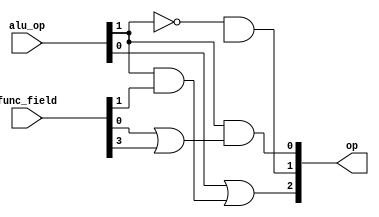
module alu_control (alu_op,func_field,op
);
input [1:0] alu_op;
input [5:0] func_field;
output [2:0] op;

assign op[0] = alu_op[1]&(func_field[0]|func_field[3]);
assign op[1] = (~alu_op[1]&funv_field[2]);
assign op[2] = alu_op[0]|(alu_op[1]&func_field[1]);
    
endmodule